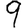
Digit: 9